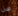
عن